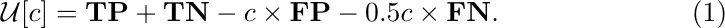
\begin{equation}
\mathcal{U}[c] = {\bf TP} + {\bf TN} - c \times {\bf FP} - 0.5 c \times  {\bf FN}.
\end{equation}